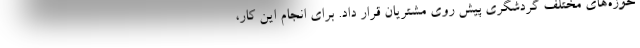
حوزه‌های مختلف گردشگری پیش روی مشتریان قرار داد. برای انجام این کار،